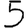
Digit: 5